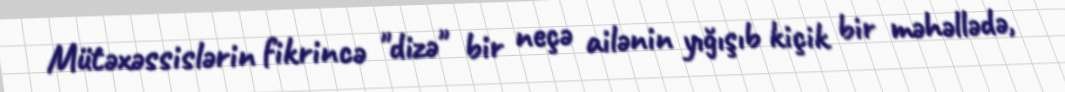
Mütəxəssislərin fikrincə "dizə" bir neçə ailənin yığışıb kiçik bir məhəllədə,